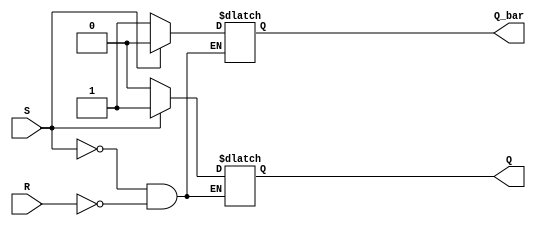
module sr_latch (
    input S,
    input R,
    output reg Q,
    output reg Q_bar
);

always @ (S or R)
begin
    if (S) begin
        Q <= 1;
        Q_bar <= 0;
    end
    else if (R) begin
        Q <= 0;
        Q_bar <= 1;
    end
end

endmodule